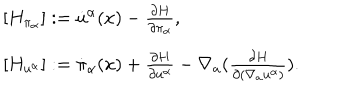
\begin{array} { l } { { [ { H } _ { \pi _ { \alpha } } ] : = { \dot { u } } ^ { \alpha } ( x ) - \frac { \partial { H } } { \partial \pi _ { \alpha } } , } } \\ { { [ { H } _ { u ^ { \alpha } } ] : = { \dot { \pi } } _ { \alpha } ( x ) + \frac { \partial { H } } { \partial u ^ { \alpha } } - \nabla _ { a } ( \frac { \partial { H } } { \partial ( \nabla _ { a } u ^ { \alpha } ) } ) . } } \\ \end{array}